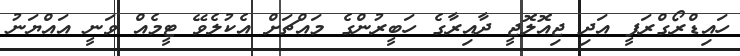
ހައިޑްރޯގްރަފީ އަދި ޖިއޮލޮޖީ ދާއިރާގެ ހަބީރުންގެ މައްޗަށް އެކުލެވޭ ޓީމެއް ވަނީ އައްޔަނު